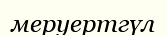
меруертгүл